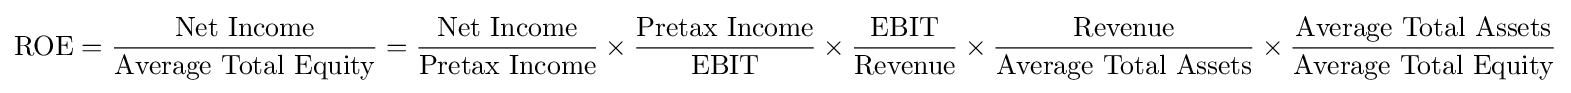
{\text{ROE}}={\frac {\text{Net Income}}{\text{Average Total Equity}}}={\frac {\text{Net Income}}{\text{Pretax Income}}}\times {\frac {\text{Pretax Income}}{\text{EBIT}}}\times {\frac {\text{EBIT}}{\text{Revenue}}}\times {\frac {\text{Revenue}}{\text{Average Total Assets}}}\times {\frac {\text{Average Total Assets}}{\text{Average Total Equity}}}